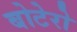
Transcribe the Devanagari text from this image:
बोटेरो